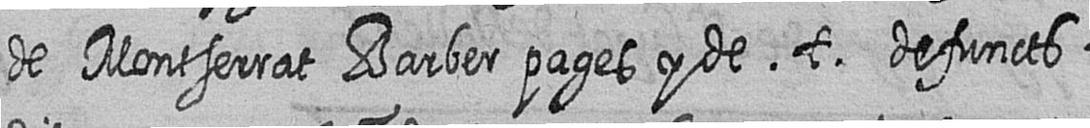
de Montserrat Barber pages y de t defuncts